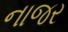
નાજર